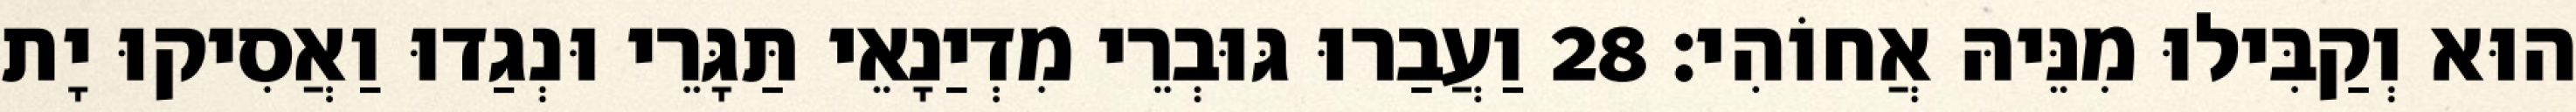
הוּא וְקַבִּילוּ מִנֵּיהּ אֲחוֹהִי׃ 28 וַעֲבַרוּ גּוּבְרֵי מִדְיַנָאֵי תַּגָּרֵי וּנְגַדוּ וַאֲסִיקוּ יָת